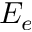
E _ { e }